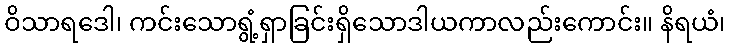
ဝိသာရဒေါ၊ ကင်းသောရွံ့ရှာခြင်းရှိသောဒါယကာလည်းကောင်း။ နိရယံ၊